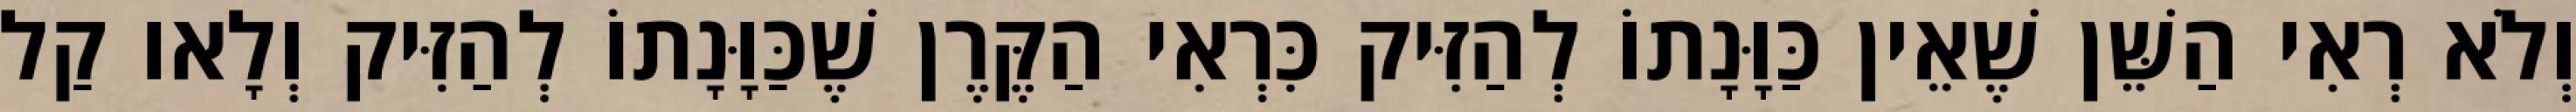
וְלֹא רְאִי הַשֵּׁן שֶׁאֵין כַּוָּנָתוֹ לְהַזִּיק כִּרְאִי הַקֶּרֶן שֶׁכַּוָּנָתוֹ לְהַזִּיק וְלָאו קַל